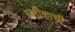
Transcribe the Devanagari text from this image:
प्रतीकाची